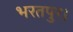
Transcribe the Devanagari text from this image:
भरतपुर।